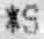
*S